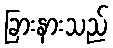
ခြားနားသည်